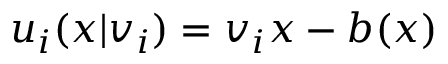
u _ { i } ( x | v _ { i } ) = v _ { i } x - b ( x )